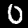
Label: 0